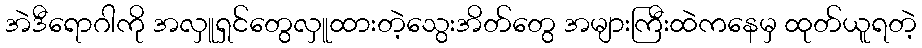
အဲဒီရောဂါကို အလှူရှင်တွေလှူထားတဲ့သွေးအိတ်တွေ အများကြီးထဲကနေမှ ထုတ်ယူရတဲ့